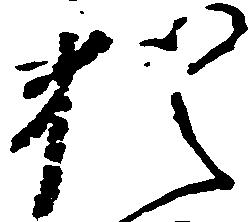
猶